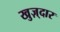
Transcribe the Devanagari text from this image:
खुज़्दार